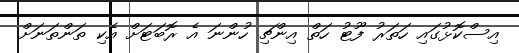
އިސްކޮޅުގައި ހަތަރު ފޫޓު ހަތް އިންޗި ހުންނަ އެ ރޮބަޓަށް އެކި ތަންތަނަށް